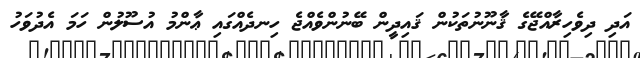
އަދި ދިވެހިރާއްޖޭގެ ޤާނޫނުތަކުން ޤައިދީން ބޭނުންވެއްޖެ ހިނދެއްގައި ޢާންމު އުސޫލުން ހަމަ އެދުވަހު